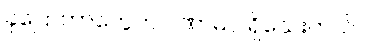
ခုပြောတာတွေက ပဏာမပဲ ရှိသေးတယ်။